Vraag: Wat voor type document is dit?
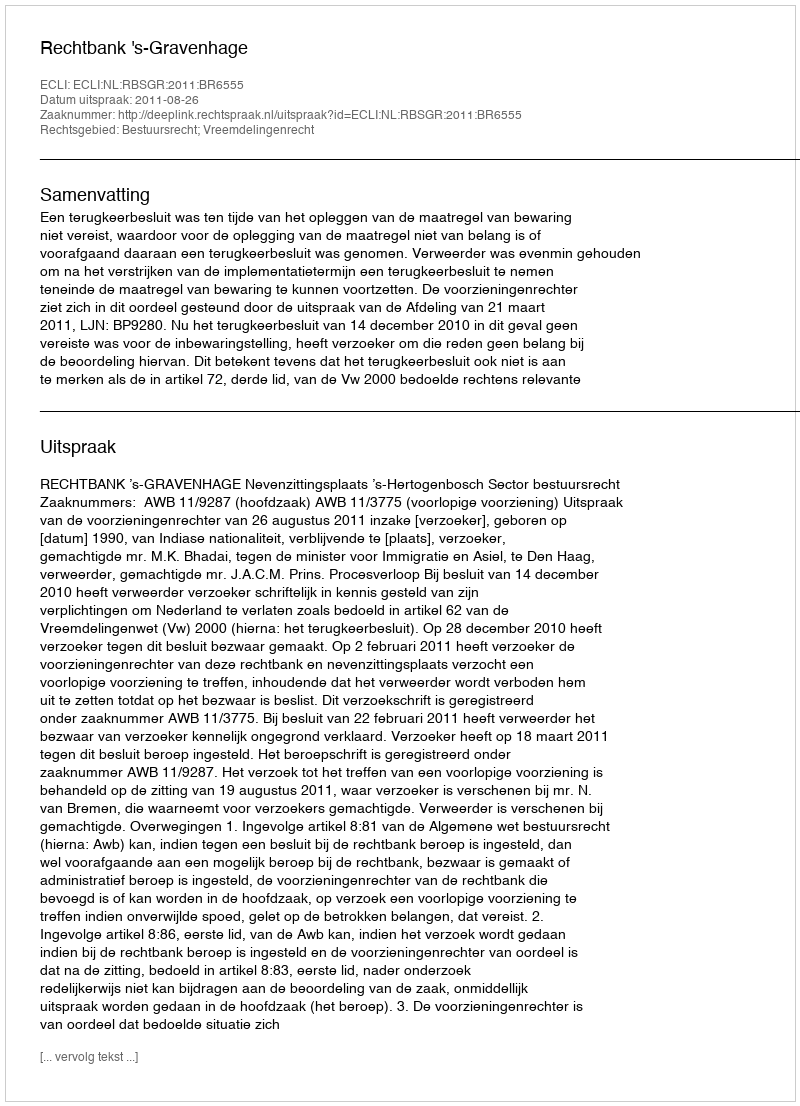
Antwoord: Uitspraak